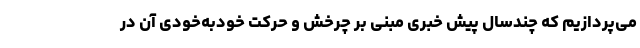
می‌پردازیم که چندسال پیش خبری مبنی بر چرخش و حرکت خودبه‌خودی آن در